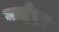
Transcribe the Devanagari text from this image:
गर्दरा